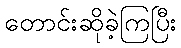
တောင်းဆိုခဲ့ကြပြီး